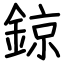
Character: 鍄